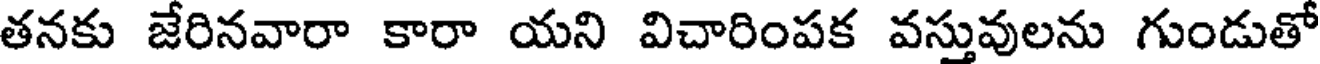
తనకు జేరినవారా కారా యని విచారింపక వస్తువులను గుండుతో